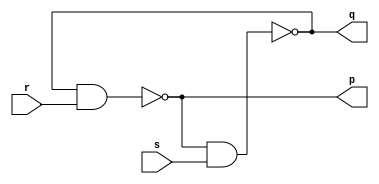
module latch(input s,input r,output q,output p);
wire wq,wp;
nand(wq,wp,s);
nand(wp,wq,r);
assign p=wp;
assign q=wq;
endmodule